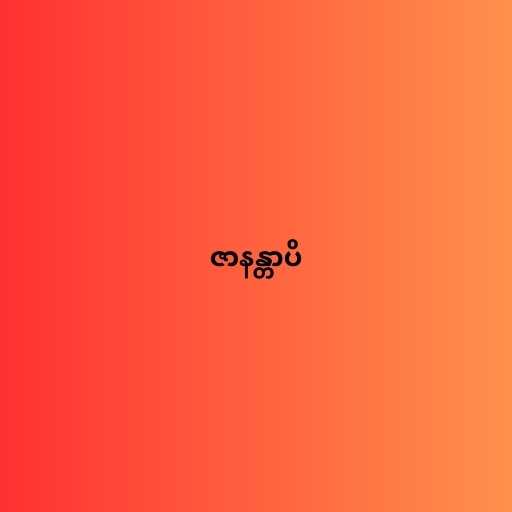
ဇာနန္တာပိ